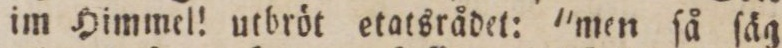
im Himmel! utbröt etatsrådet: 'men ſå ſäg